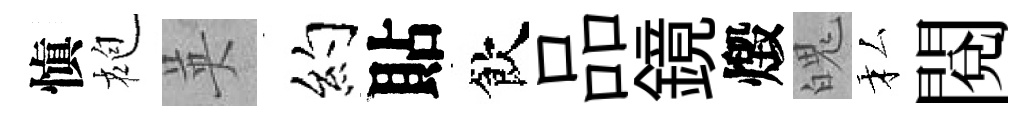
愼袍英约貼飲品鏡燬魄私閲